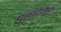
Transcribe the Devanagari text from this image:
पुरूषानेही